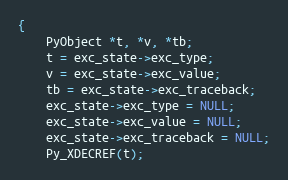
Language: C
{
    PyObject *t, *v, *tb;
    t = exc_state->exc_type;
    v = exc_state->exc_value;
    tb = exc_state->exc_traceback;
    exc_state->exc_type = NULL;
    exc_state->exc_value = NULL;
    exc_state->exc_traceback = NULL;
    Py_XDECREF(t);